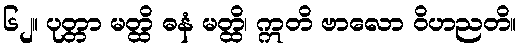
၆၂။ ပုတ္တာ မတ္ထိ ဓနံ မတ္ထိ၊ ဣတိ ဗာလော ဝိဟညတိ။